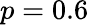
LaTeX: p=0.6